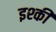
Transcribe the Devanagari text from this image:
इश्की